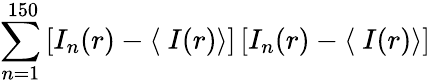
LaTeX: \sum_{n=1}^{\ 150}\left[I_{n}(r)-\langle\ I(r)\right\rangle]\left[I_{n}(r)-\langle\ I(r)\right\rangle]